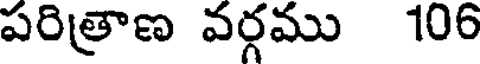
పరిత్రాణ వర్గము 106